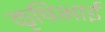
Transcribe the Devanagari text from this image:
कृषिभाई